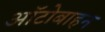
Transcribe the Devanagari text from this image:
ऑटोबाहन